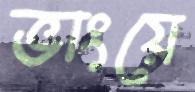
ভাংয়ে